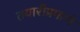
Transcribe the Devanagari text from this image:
तयारीप्रमाणे